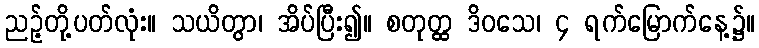
ညဉ့်တို့ပတ်လုံး။ သယိတွာ၊ အိပ်ပြီး၍။ စတုတ္ထ ဒိဝသေ၊ ၄ ရက်မြောက်နေ့၌။